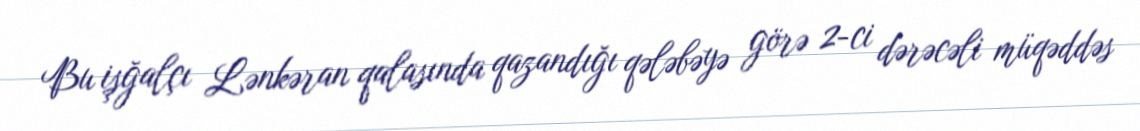
Bu işğalçı Lənkəran qalasında qazandığı qələbəyə görə 2-ci dərəcəli müqəddəs